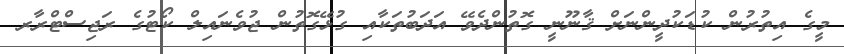
މީގެ އިތުރުން ކުޑަކުދީންނަށް ޤާނޫނީ ގޮތުންދެވޭ އަދަބުތަކާއި ގުޅޭގޮތުން ޖުވެނައިލް ކޯޓުގެ ރަޖިސްޓްރާރ